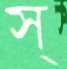
স্